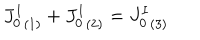
{ J _ { 0 } ^ { I } } _ { ( 1 ) } + { J _ { 0 } ^ { I } } _ { ( 2 ) } = { J _ { 0 } ^ { I } } _ { ( 3 ) }